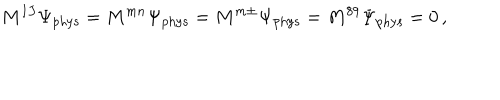
M ^ { I J } \Psi _ { \mathrm { p h y s } } = M ^ { m n } \Psi _ { \mathrm { p h y s } } = M ^ { m \pm } \Psi _ { \mathrm { p h y s } } = M ^ { 8 9 } \Psi _ { \mathrm { p h y s } } = 0 \, ,